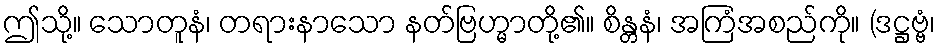
ဤသို့။ သောတူနံ၊ တရားနာသော နတ်ဗြဟ္မာတို့၏။ စိန္တနံ၊ အကြံအစည်ကို။ (ဒဋ္ဌဗ္ဗံ၊